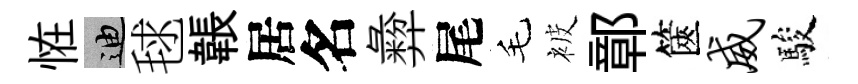
恠迪毬韔居名彜尾毛被鄣篋威駿